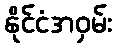
နိုင်ငံအဝှမ်း